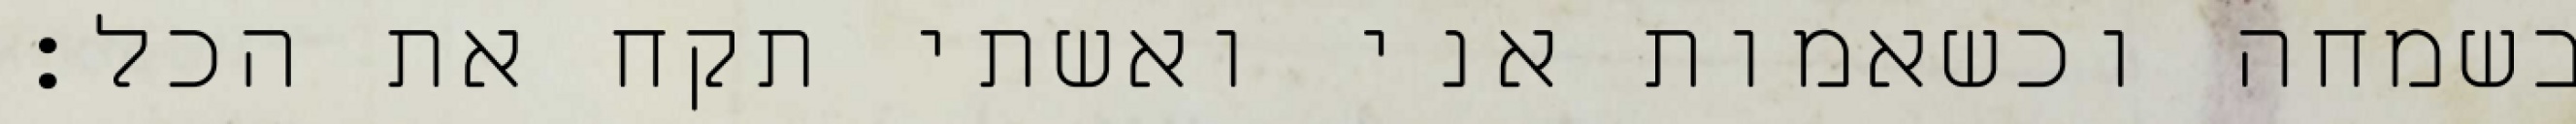
בשמחה וכשאמות אני ואשתי תקח את הכל: